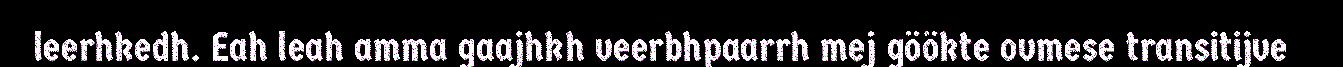
leerhkedh. Eah leah amma gaajhkh veerbhpaarrh mej göökte ovmese transitijve